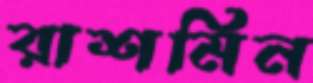
রাশমিন